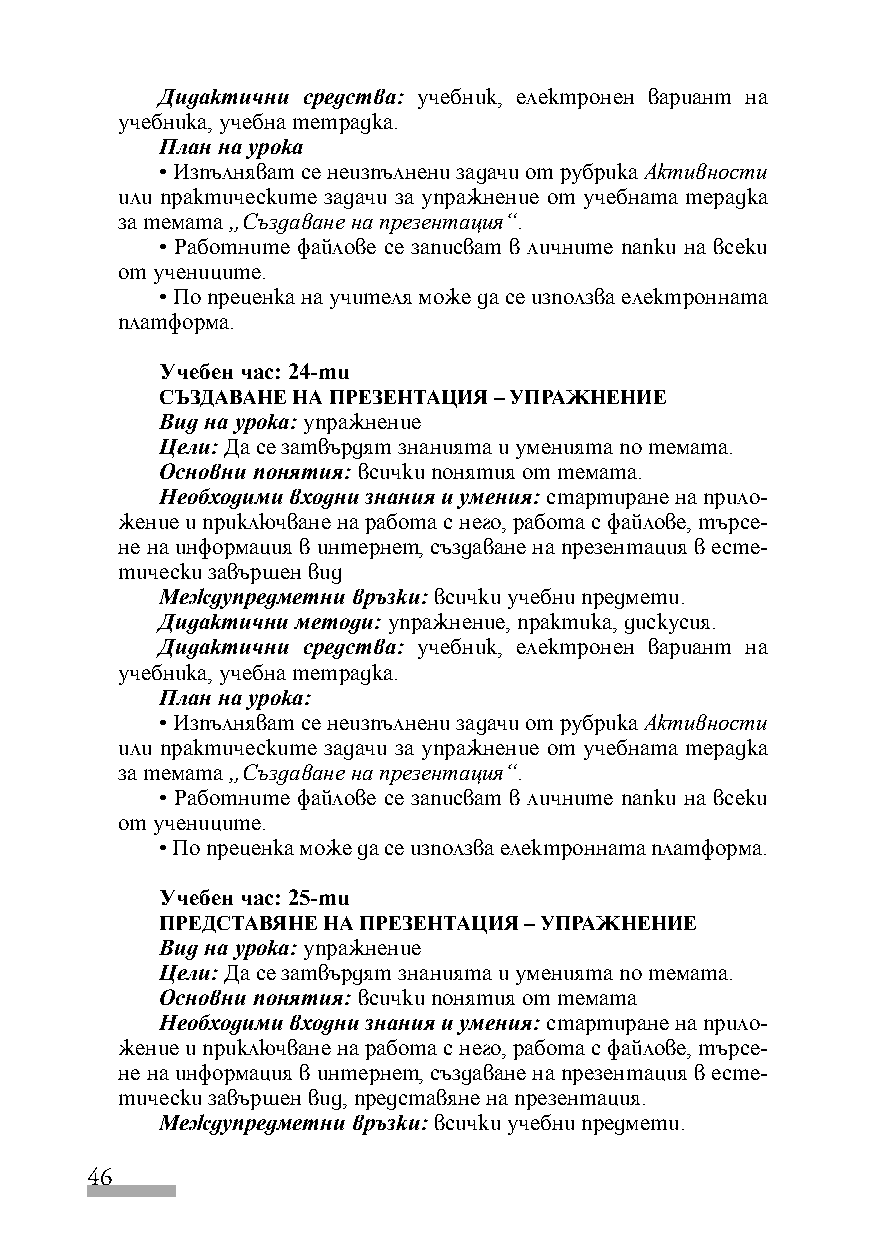
Дидактични средства: учебник, електронен вариант на
 учебника, учебна тетрадка.
 План на урока
 • Изпълняват се неизпълнени задачи от рубрика Активности
 или практическите задачи за упражнение от учебната терадка
 за темата „Създаване на презентация“.
 • Работните файлове се записват в личните папки на всеки
 от учениците.
 • По преценка на учителя може да се използва електронната
 платформа.
 Учебен час: 24-ти
 СЪЗДАВАНЕ НА ПРЕЗЕНТАЦИЯ – УПРАЖНЕНИЕ
 Вид на урока: упражнение
 Цели: Да се затвърдят знанията и уменията по темата.
 Основни понятия: всички понятия от темата.
 Необходими входни знания и умения: стартиране на прило-
 жение и приключване на работа с него, работа с файлове, търсе-
 не на информация в интернет, създаване на презентация в есте-
 тически завършен вид
 Междупредметни връзки: всички учебни предмети.
 Дидактични методи: упражнение, практика, дискусия.
 Дидактични средства: учебник, електронен вариант на
 учебника, учебна тетрадка.
 План на урока:
 • Изпълняват се неизпълнени задачи от рубрика Активности
 или практическите задачи за упражнение от учебната терадка
 за темата „Създаване на презентация“.
 • Работните файлове се записват в личните папки на всеки
 от учениците.
 • По преценка може да се използва електронната платформа.
 Учебен час: 25-ти
 ПРЕДСТАВЯНЕ НА ПРЕЗЕНТАЦИЯ – УПРАЖНЕНИЕ
 Вид на урока: упражнение
 Цели: Да се затвърдят знанията и уменията по темата.
 Основни понятия: всички понятия от темата
 Необходими входни знания и умения: стартиране на прило-
 жение и приключване на работа с него, работа с файлове, търсе-
 не на информация в интернет, създаване на презентация в есте-
 тически завършен вид, представяне на презентация.
 Междупредметни връзки: всички учебни предмети.
 46